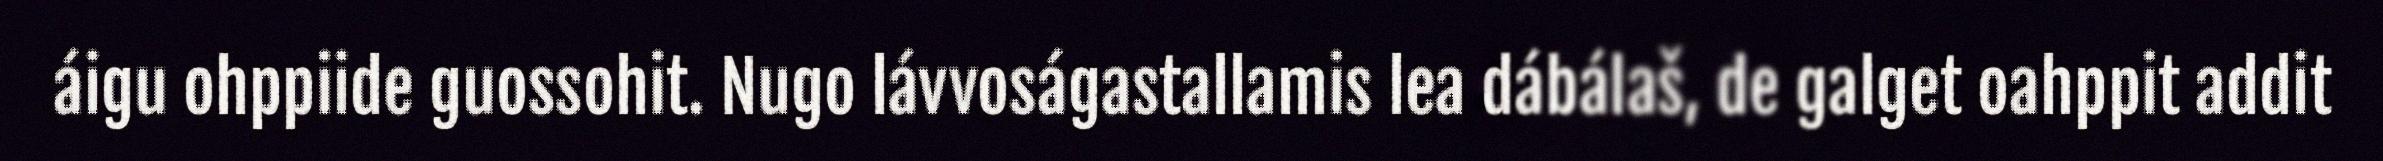
áigu ohppiide guossohit. Nugo lávvoságastallamis lea dábálaš, de galget oahppit addit